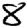
Digit: 8